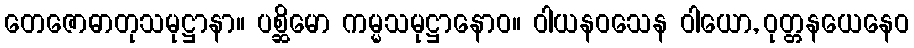
တေဇောဓာတုသမုဋ္ဌာနာ။ ပစ္ဆိမော ကမ္မသမုဋ္ဌာနောဝ။ ဝါယနဝသေန ဝါယော, ဝုတ္တနယေနေဝ